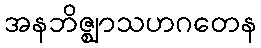
အနဘိဇ္ဈာသဟဂတေန